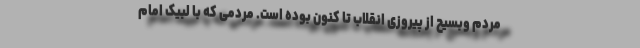
مردم وبسیح از پیروزی انقلاب تا کنون بوده است. مردمی که با لبیک امام